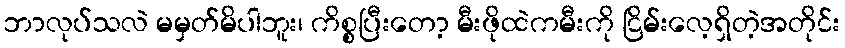
ဘာလုပ်သလဲ မမှတ်မိပါဘူး၊ ကိစ္စပြီးတော့ မီးဖိုထဲကမီးကို ငြိမ်းလေ့ရှိတဲ့အတိုင်း